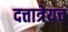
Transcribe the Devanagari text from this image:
दत्तात्रेयच